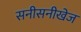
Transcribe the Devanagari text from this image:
सनीसनीखेज